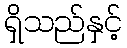
ရှိသည်နှင့်